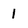
Character: 1